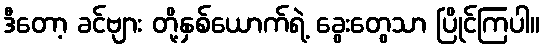
ဒီတော့ ခင်ဗျား တို့နှစ်ယောက်ရဲ့ ခွေးတွေသာ ပြိုင်ကြပါ။